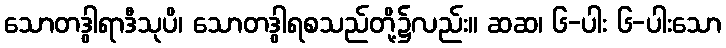
သောတဒွါရာဒီသုပိ၊ သောတဒွါရစသည်တို့၌လည်း။ ဆဆ၊ ၆-ပါး ၆-ပါးသော